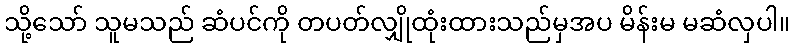
သို့သော် သူမသည် ဆံပင်ကို တပတ်လျှိုထုံးထားသည်မှအပ မိန်းမ မဆံလှပါ။